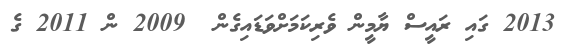
2013 ގައި ރައީސް ޔާމީން ވެރިކަމަށްވަޑައިގެން  2009 ން 2011 ގެ